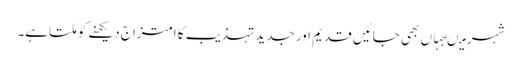
شہر میںجہاں بھی جائیں قدیم اور جدید تہذیب کا امتزاج دیکھنے کو ملتاہے۔